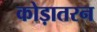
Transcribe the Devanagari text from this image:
कोड़ातरन